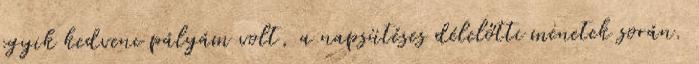
egyik kedvenc pályám volt, a napsütéses délelőtti menetek során.